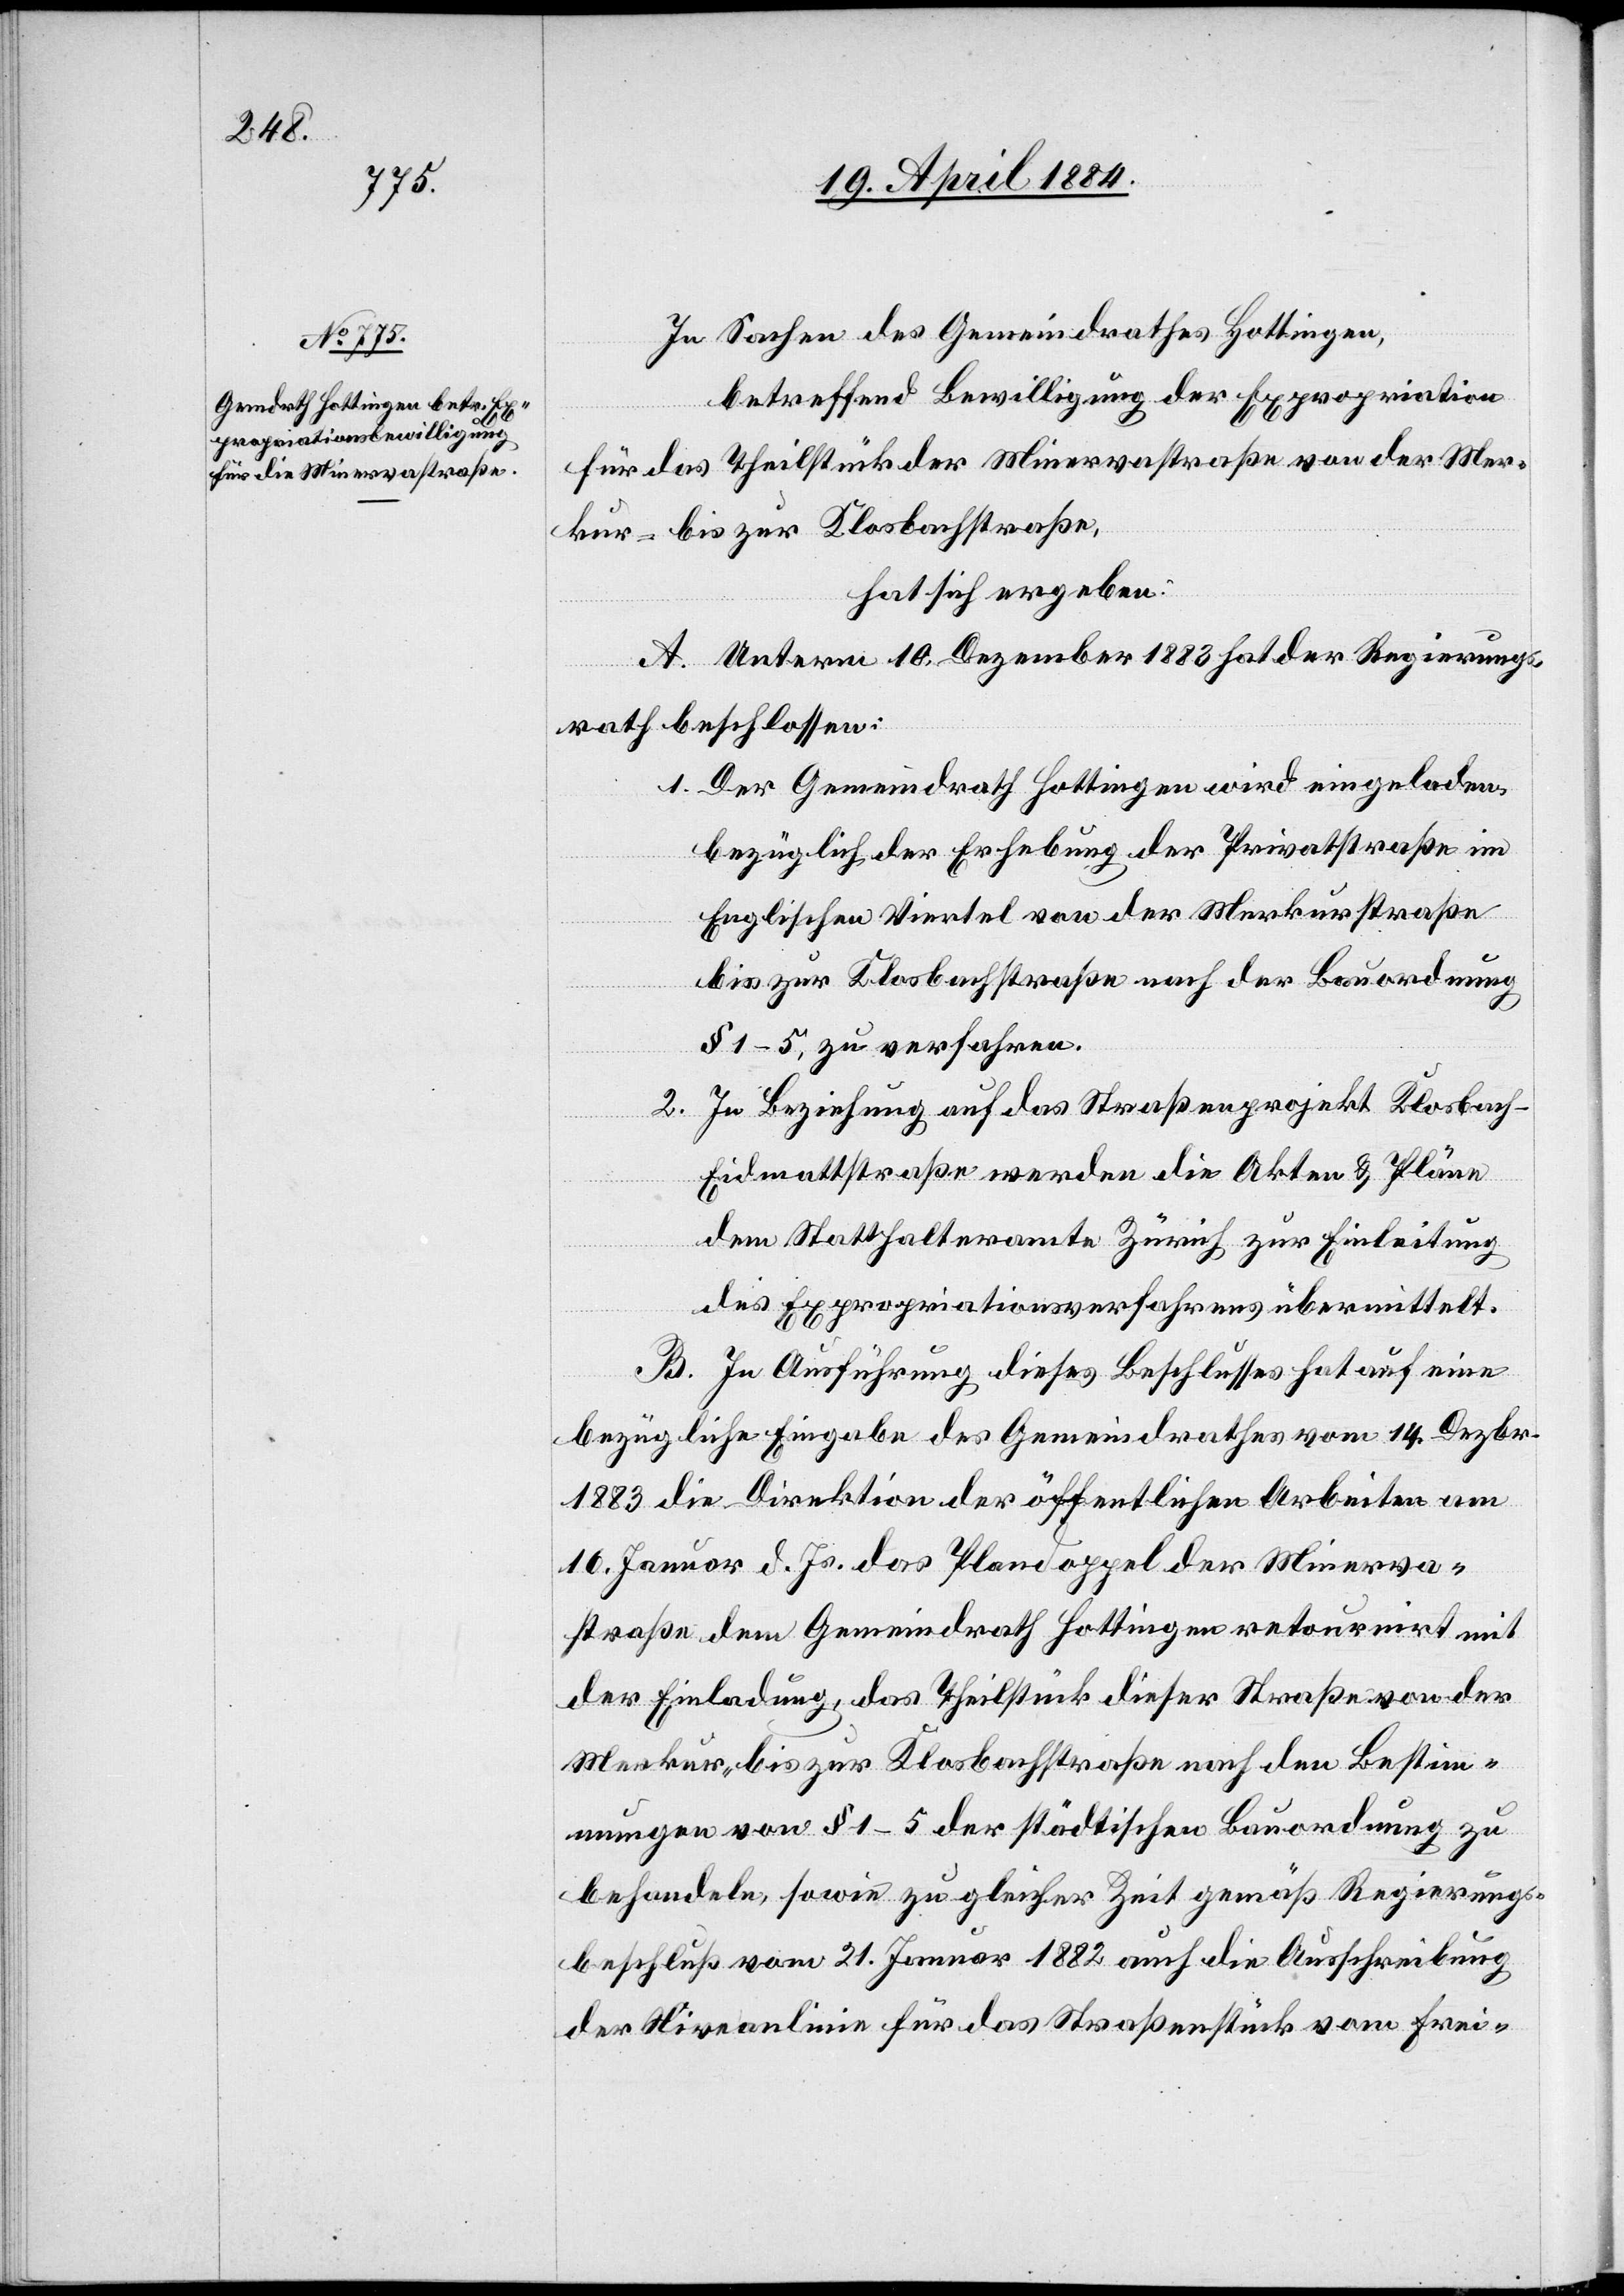
In Sachen des Gemeindrathes Hottingen,
betreffend Bewilligung der Expropriation
für das Theilstück der Minervastraße von der Mer¬
kur- bis zur Klosbachstraße,
hat sich ergeben:
A. Unterm 10. Dezember 1883 hat der Regierungs¬
rath beschlossen:
1. Der Gemeindrath Hottingen wird eingeladen,
bezüglich der Erhebung der Privatstraße im
Englischen Viertel von der Merkurstraße
bis zur Klosbachstraße nach der Bauordnung
§ 1–5, zu verfahren.
In Beziehung auf das Straßenprojekt Klosbac¬
2.
h-Eidmattstraße werden die Akten & Pläne
dem Statthalteramte Zürich zur Einleitung
des Expropriationsverfahrens übermittelt.
B. In Ausführung dieses Beschlusses hat auf eine
bezügliche Eingabe des Gemeindrathes vom 14. Dezbr.
1883 die Direktion der öffentlichen Arbeiten am
16. Januar d. Js. das Plandoppel der Minerva¬
straße dem Gemeindrath Hottingen retournirt mit
der Einladung, das Theilstück dieser Straße von der
Merkur- bis zur Klosbachstraße nach den Bestim¬
mungen von § 1–5 der städtischen Bauordnung zu
behandeln, sowie zu gleicher Zeit gemäß Regierungs¬
beschluß vom 21. Januar 1882 auch die Ausschreibung
der Niveaulinie für das Straßenstück vom Frei-